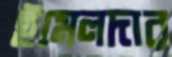
ইমেলদার